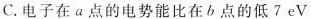
C.电子在a点的电势能比在b点的低7eV